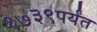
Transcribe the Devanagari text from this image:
१७३९पर्यंत